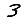
Digit: 3